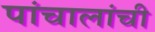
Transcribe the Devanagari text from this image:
पांचालांची